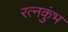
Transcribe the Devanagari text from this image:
रत्नकुंभ